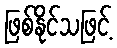
ဖြစ်နိုင်သဖြင့်